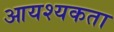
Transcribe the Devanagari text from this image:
आयश्यकता